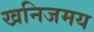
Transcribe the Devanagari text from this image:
खनिजमय